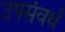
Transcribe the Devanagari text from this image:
उपसंवर्ध